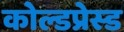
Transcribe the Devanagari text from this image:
कोल्डप्रेस्ड